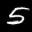
Label: 5